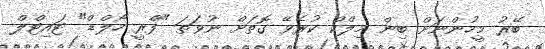
ބޭރު މީހުންނަށް ބިން މިލްކް ކުރެވޭ ގޮތަށް ނުވަތަ "ފްރީ ހޯލްޑް" ޓައިޓްލް